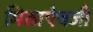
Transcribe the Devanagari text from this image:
मिठाऐवजी